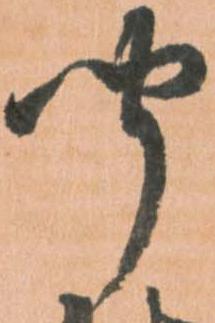
聞